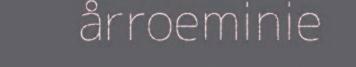
årroeminie